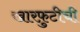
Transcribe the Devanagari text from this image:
खारफ़ुटीची